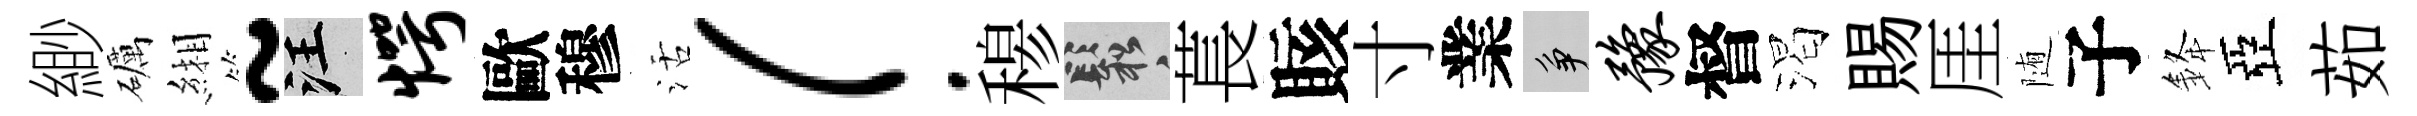
緲礪緗~汪愕歐穆活！𥠇鬆萇賅寸業争豫督渴賜厓随子𨦟亞茹